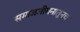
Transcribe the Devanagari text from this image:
समाजजीवनातूनच